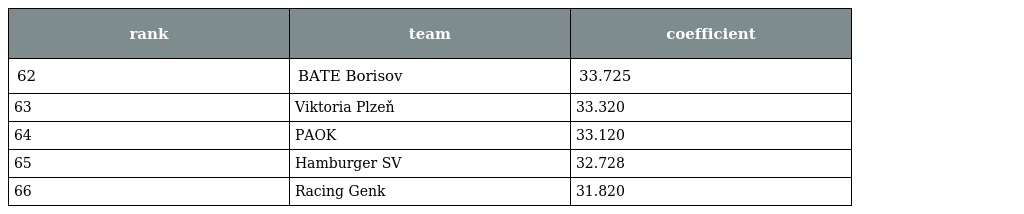
| rank | team | coefficient |
 | --- | --- | --- |
 | 62 | BATE Borisov | 33.725 |
 | 63 | Viktoria Plzeň | 33.320 |
 | 64 | PAOK | 33.120 |
 | 65 | Hamburger SV | 32.728 |
 | 66 | Racing Genk | 31.820 |